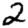
Digit: 2